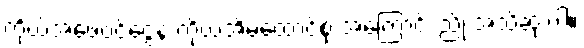
ကိုယ့်အဖေဝင်ငွေနဲ့ ကိုယ့်အိမ်ထောင်စု အကြောင်း ညို အသိဆုံးပါ။